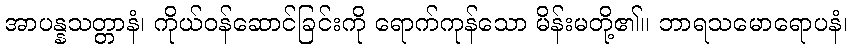
အာပန္နသတ္တာနံ၊ ကိုယ်ဝန်ဆောင်ခြင်းကို ရောက်ကုန်သော မိန်းမတို့၏။ ဘာရသမောရောပနံ၊